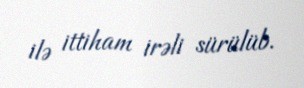
ilə ittiham irəli sürülüb.